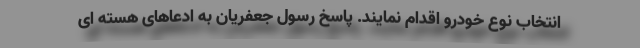
انتخاب نوع خودرو اقدام نمایند. پاسخ رسول جعفریان به ادعاهای هسته ای